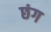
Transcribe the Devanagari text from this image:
छंग